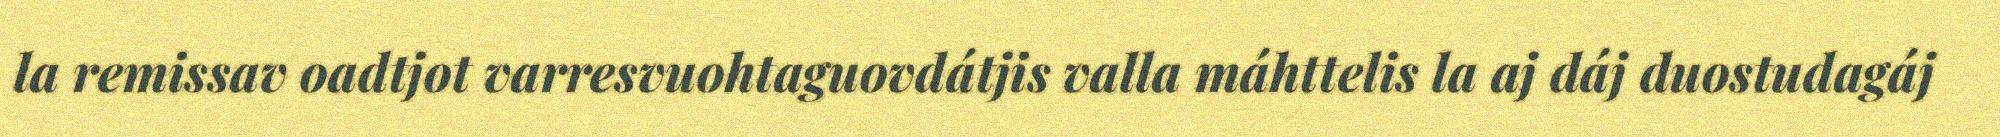
la remissav oadtjot varresvuohtaguovdátjis valla máhttelis la aj dáj duostudagáj